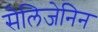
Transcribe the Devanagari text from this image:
सैलिजेनिन